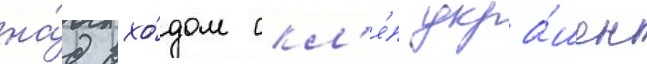
на́д вхо́дом скл'е́п укра́шен